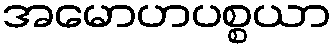
အမောဟပစ္စယာ